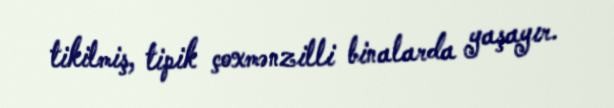
tikilmiş, tipik çoxmənzilli binalarda yaşayır.